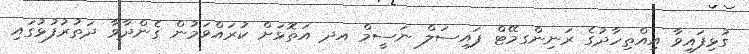
ގުޅިފައިވާ އިއްތިހާދުގެ ރަނިންގމޭޓް ފައިސަލް ނަސީމް އދ އަތޮޅަށް ކުރައްވަމުން ގެންދާވާ ދަތުރުފުޅުގައި